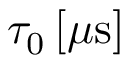
\tau _ { 0 } \, [ \mu \mathrm { s } ]